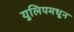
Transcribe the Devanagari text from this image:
युलिपमधून